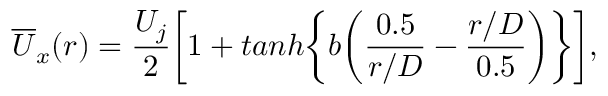
\overline { { U } } _ { x } ( r ) = \frac { U _ { j } } { 2 } \bigg [ 1 + t a n h \bigg \{ b \bigg ( \frac { 0 . 5 } { r / D } - \frac { r / D } { 0 . 5 } \bigg ) \bigg \} \bigg ] ,